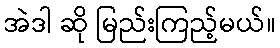
အဲဒါ ဆို မြည်းကြည့်မယ်။